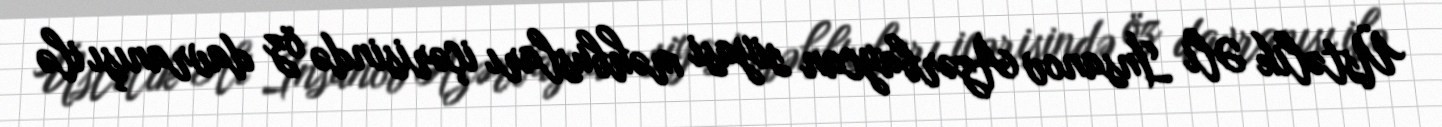
Üstəlik Əli İnsanov Azərbaycan siyasi məhbusları içərisində öz davranışı ilə